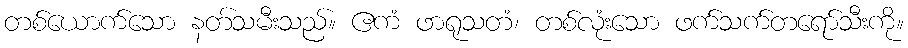
တစ်ယောက်သော နတ်သမီးသည်။ ဧကံ ဖာရုသတံ၊ တစ်လုံးသော ဖက်သက်တရော်သီးကို။